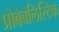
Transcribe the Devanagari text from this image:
प्रोबेबलिस्टिक